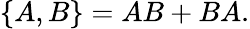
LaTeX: \{ A,B\} =AB+BA.